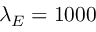
\lambda _ { E } = 1 0 0 0